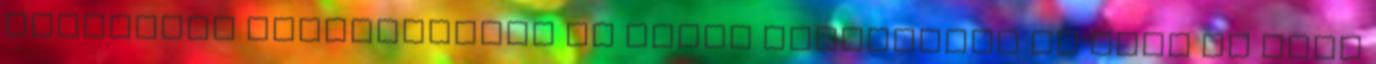
Egyensúly megteremtése Az ember eredendően jó Élet az élet